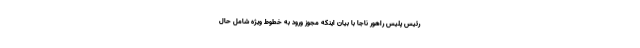
رئیس پلیس راهور ناجا با بیان اینکه مجوز ورود به خطوط ویژه شامل حال